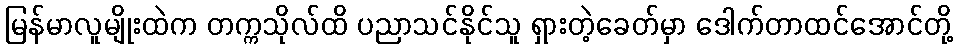
မြန်မာလူမျိုးထဲက တက္ကသိုလ်ထိ ပညာသင်နိုင်သူ ရှားတဲ့ခေတ်မှာ ဒေါက်တာထင်အောင်တို့